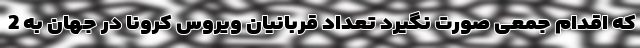
که اقدام جمعی صورت نگیرد تعداد قربانیان ویروس کرونا در جهان به 2